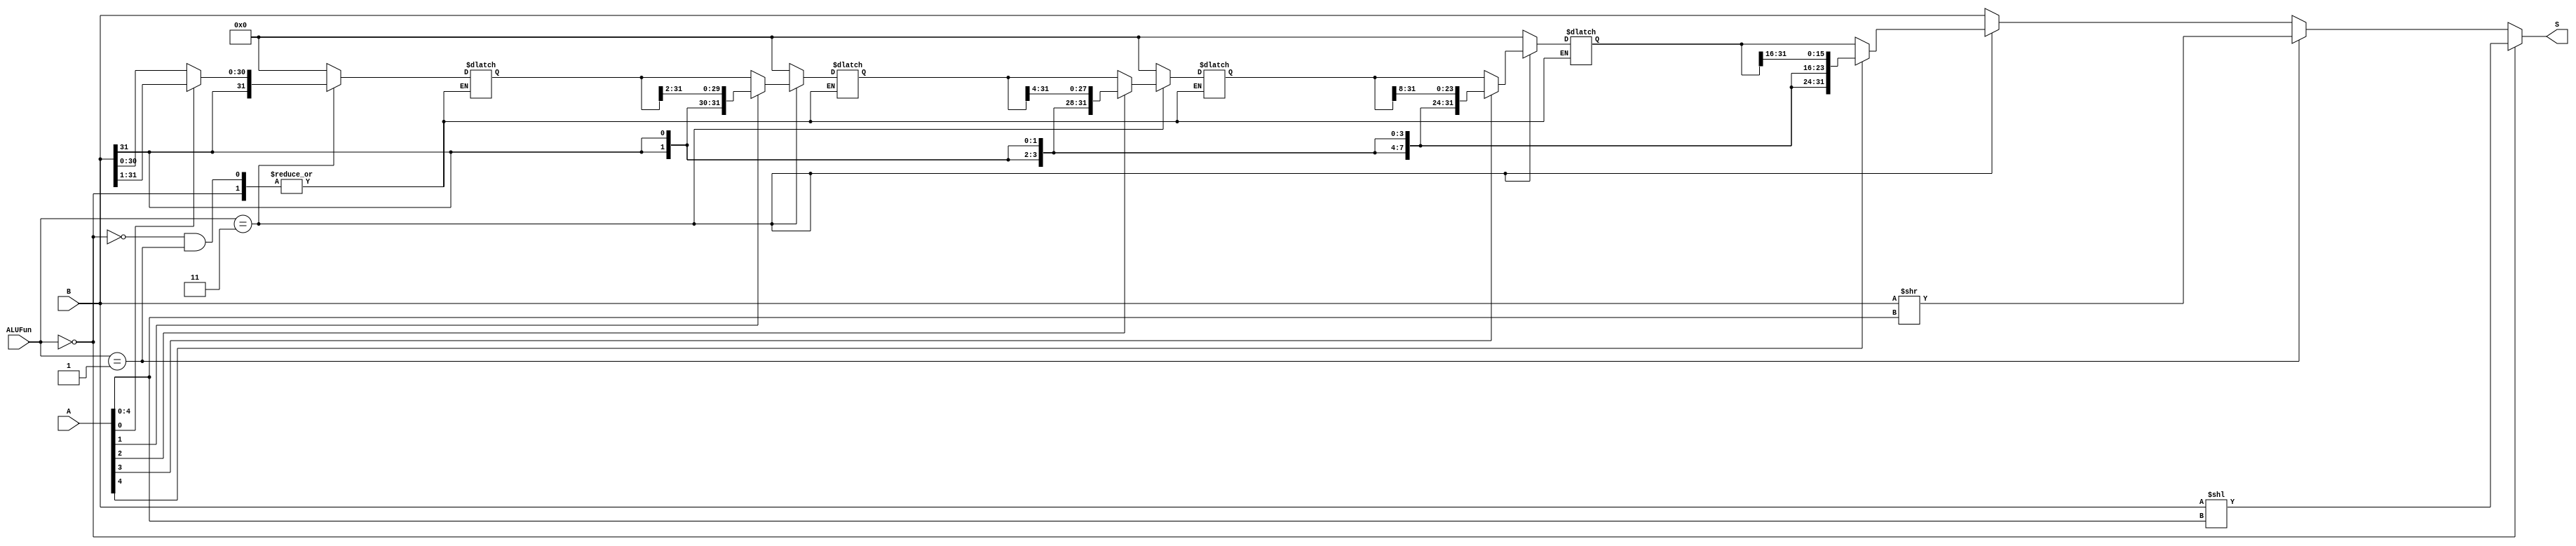
module Shift(A,B,ALUFun,S);
  input [31:0] A;
  input [31:0] B;
  input [1:0] ALUFun;
  output reg [31:0] S;
  reg [31:0] S0,S1,S2,S3;
  
  always@(*)
  begin
    if(ALUFun==2'b00)
    begin
      S <= B << A[4:0];
    end
    else if(ALUFun==2'b01)
    begin
      S <= B >> A[4:0];
    end
    else if(ALUFun==2'b11)
    begin
      S0 <= A[0]?{B[31],B[31:1]}:B;
      S1 <= A[1]?{{2{B[31]}},S0[31:2]}:S0;
      S2 <= A[2]?{{4{B[31]}},S1[31:4]}:S1;
      S3 <= A[3]?{{8{B[31]}},S2[31:8]}:S2;
      S <= A[4]?{{16{B[31]}},S3[31:16]}:S3;
    end
	   else
      begin
       S0 <= 32'b0;
       S1 <= 32'b0;
       S2 <= 32'b0; 
       S3 <= 32'b0;
		 S <= B;
	   end
  end
  
endmodule